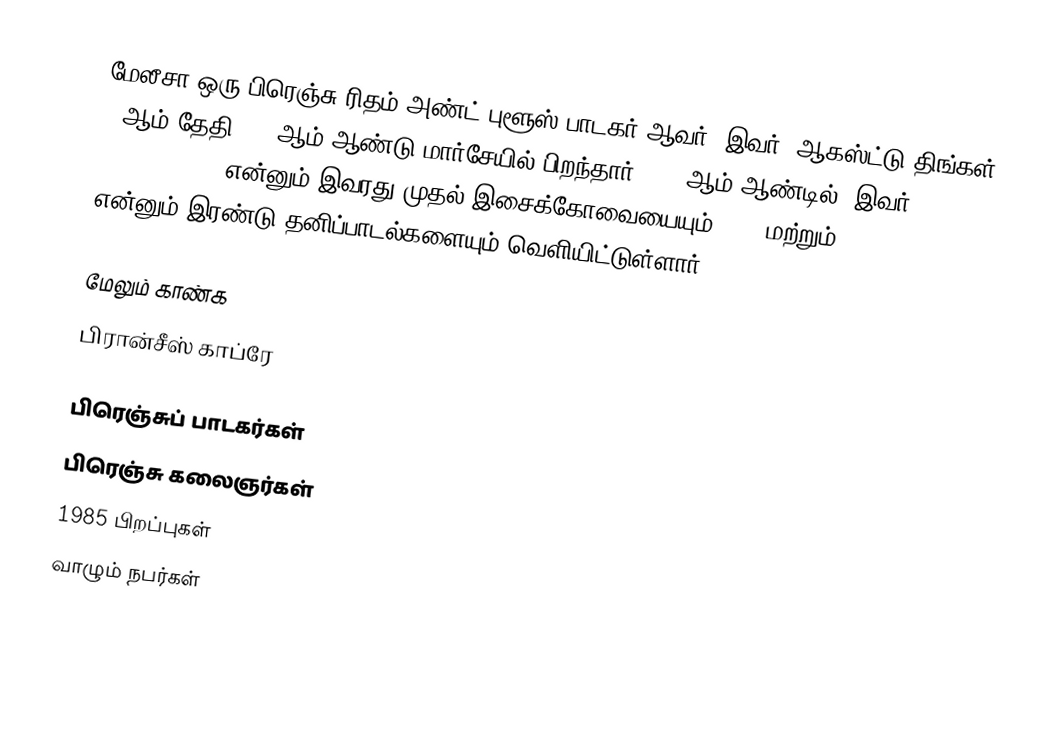
மேலீசா ஒரு பிரெஞ்சு ரிதம் அண்ட் புளூஸ் பாடகர் ஆவர். இவர், ஆகஸ்ட்டு திங்கள் 21ஆம் தேதி 1985ஆம் ஆண்டு மார்சேயில் பிறந்தார். 2007ஆம் ஆண்டில், இவர், Avec tout mon amor என்னும் இவரது முதல் இசைக்கோவையையும் Elle மற்றும் Cette Fois என்னும் இரண்டு தனிப்பாடல்களையும் வெளியிட்டுள்ளார்.

மேலும் காண்க
 பிரான்சீஸ் காப்ரே

பிரெஞ்சுப் பாடகர்கள்
பிரெஞ்சு கலைஞர்கள்
1985 பிறப்புகள்
வாழும் நபர்கள்